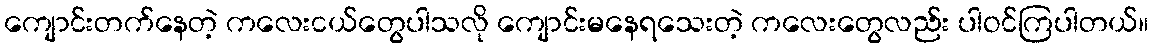
ကျောင်းတက်နေတဲ့ ကလေးငယ်တွေပါသလို ကျောင်းမနေရသေးတဲ့ ကလေးတွေလည်း ပါဝင်ကြပါတယ်။